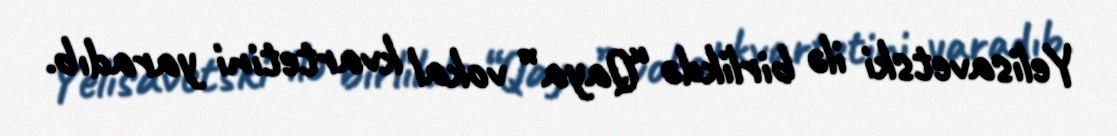
Yelisavetski ilə birlikdə “Qaya” vokal kvartetini yaradıb.